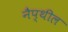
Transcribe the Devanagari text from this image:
नैप्थील